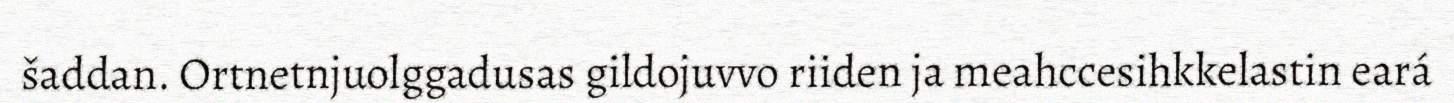
šaddan. Ortnetnjuolggadusas gildojuvvo riiden ja meahccesihkkelastin eará